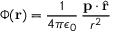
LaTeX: \Phi ( \mathbf { r } ) = { \frac { 1 } { 4 \pi \epsilon _ { 0 } } } \, { \frac { \mathbf { p } \cdot { \hat { \mathbf { r } } } } { r ^ { 2 } } }